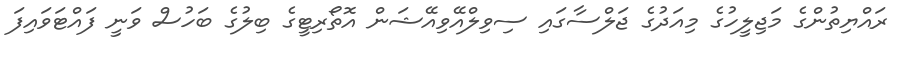
ރައްޔިތުންގެ މަޖިލީހުގެ މިއަދުގެ ޖަލްސާގައި ސިވިލްއޭވިއޭޝަން އޮތޯރިޓީގެ ބިލުގެ ބަހުސް ވަނީ ފައްޓަވައިފަ